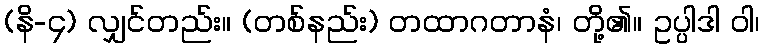
(နိ-၄) လျှင်တည်း။ (တစ်နည်း) တထာဂတာနံ၊ တို့၏။ ဥပ္ပါဒါ ဝါ၊